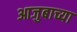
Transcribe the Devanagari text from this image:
आजुबाच्या